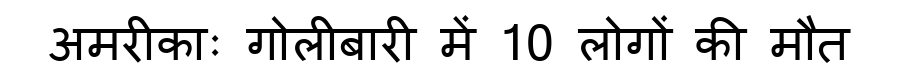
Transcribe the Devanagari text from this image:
अमरीकाः गोलीबारी में 10 लोगों की मौत